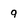
Character: q